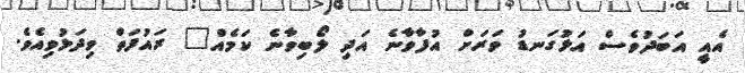
އެއީ އަބަދުވެސް އަޅުގަނޑު ވަރަށް އުފާވާނެ އަދި ލޯބިވާނެ ކަމެއް" ރައުފަތް ވިދަޅުވިއެވެ.